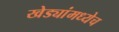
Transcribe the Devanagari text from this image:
खेड्यांमध्येच